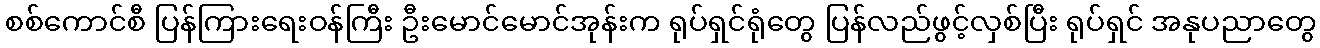
စစ်ကောင်စီ ပြန်ကြားရေးဝန်ကြီး ဦးမောင်မောင်အုန်းက ရုပ်ရှင်ရုံတွေ ပြန်လည်ဖွင့်လှစ်ပြီး ရုပ်ရှင် အနုပညာတွေ